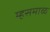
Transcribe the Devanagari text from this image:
म्हसमाळ